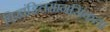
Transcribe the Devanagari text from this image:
विखंडितमानसिकता